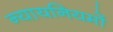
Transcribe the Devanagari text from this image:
न्यायनियमों